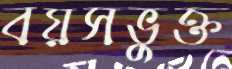
বয়সভুক্ত